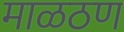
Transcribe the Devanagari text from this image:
माळठण